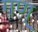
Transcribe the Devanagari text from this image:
गण्